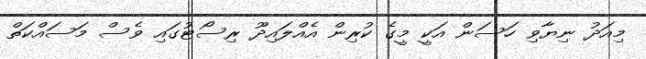
މިއަދު ނިޔާވި ހަސަން އަކީ މީގެ ކުރިން އެއްލައިދޫ ރިސޯޓުގައި ވެސް މަސައްކަތް